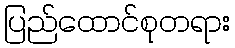
ပြည်ထောင်စုတရား